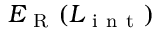
E _ { \mathrm { ~ R ~ } } ( L _ { \mathrm { ~ i ~ n ~ t ~ } } )